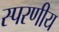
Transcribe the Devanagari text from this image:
स्परणीय